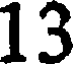
13